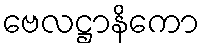
ဗေလဋ္ဌာနိကော